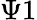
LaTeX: \Psi 1